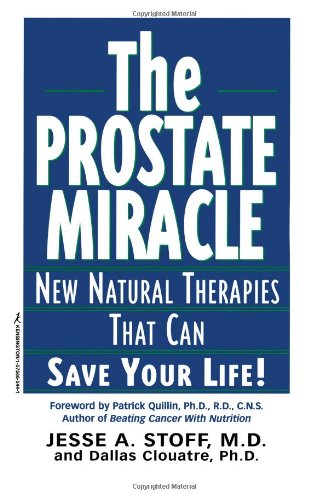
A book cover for The Prostate Miracle: New Natural Therapies That Can Save Your Life; Dallas Clouatre; Health, Fitness & Dieting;